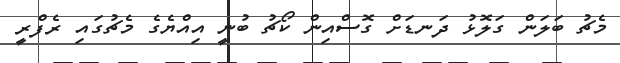
މެޗު ބަލަން ގަލޮޅު ދަނޑަށް ގޮސްއިން ކޯޗު ބުނީ އިއްޔެގެ މެޗުގައި ރެފްރީ